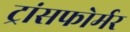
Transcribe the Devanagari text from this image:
ट्रांसफोर्मर